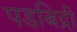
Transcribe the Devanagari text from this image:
पडबिद्री